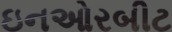
ઇનઓરબીટ